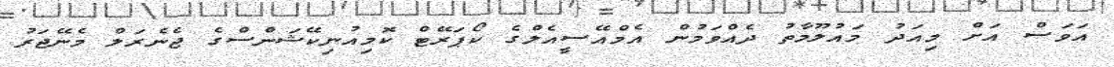
އަވަސް އަށް މިއަދު މައުލޫމާތު ދެއްވަމުން އެމްއޭސީއެލްގެ ކޯޕަރޭޓް ކޮމިއުނިކޭޝަންސްގެ ޖެނެރަލް މެނޭޖަރު